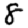
Digit: 8